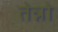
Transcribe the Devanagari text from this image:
तेन्नो